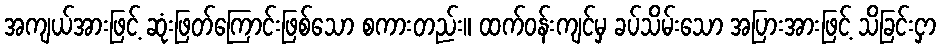
အကျယ်အားဖြင့် ဆုံးဖြတ်ကြောင်းဖြစ်သော စကားတည်း။ ထက်ဝန်းကျင်မှ ခပ်သိမ်းသော အပြားအားဖြင့် သိခြင်းငှာ